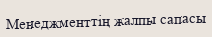
Менеджменттің жалпы сапасы